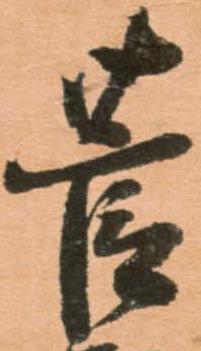
菅